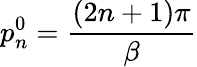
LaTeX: p_{n}^{0}=\frac{(2n+1)\pi}{\beta}